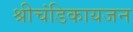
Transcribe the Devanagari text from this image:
श्रीचंडिकायजन